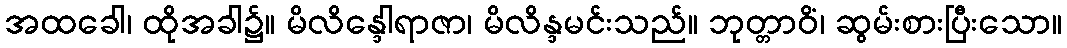
အထခေါ၊ ထိုအခါ၌။ မိလိန္ဒေါရာဇာ၊ မိလိန္ဒမင်းသည်။ ဘုတ္တာဝိံ၊ ဆွမ်းစားပြီးသော။